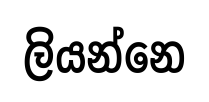
ලියන්නෙ